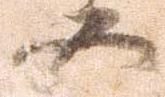
五